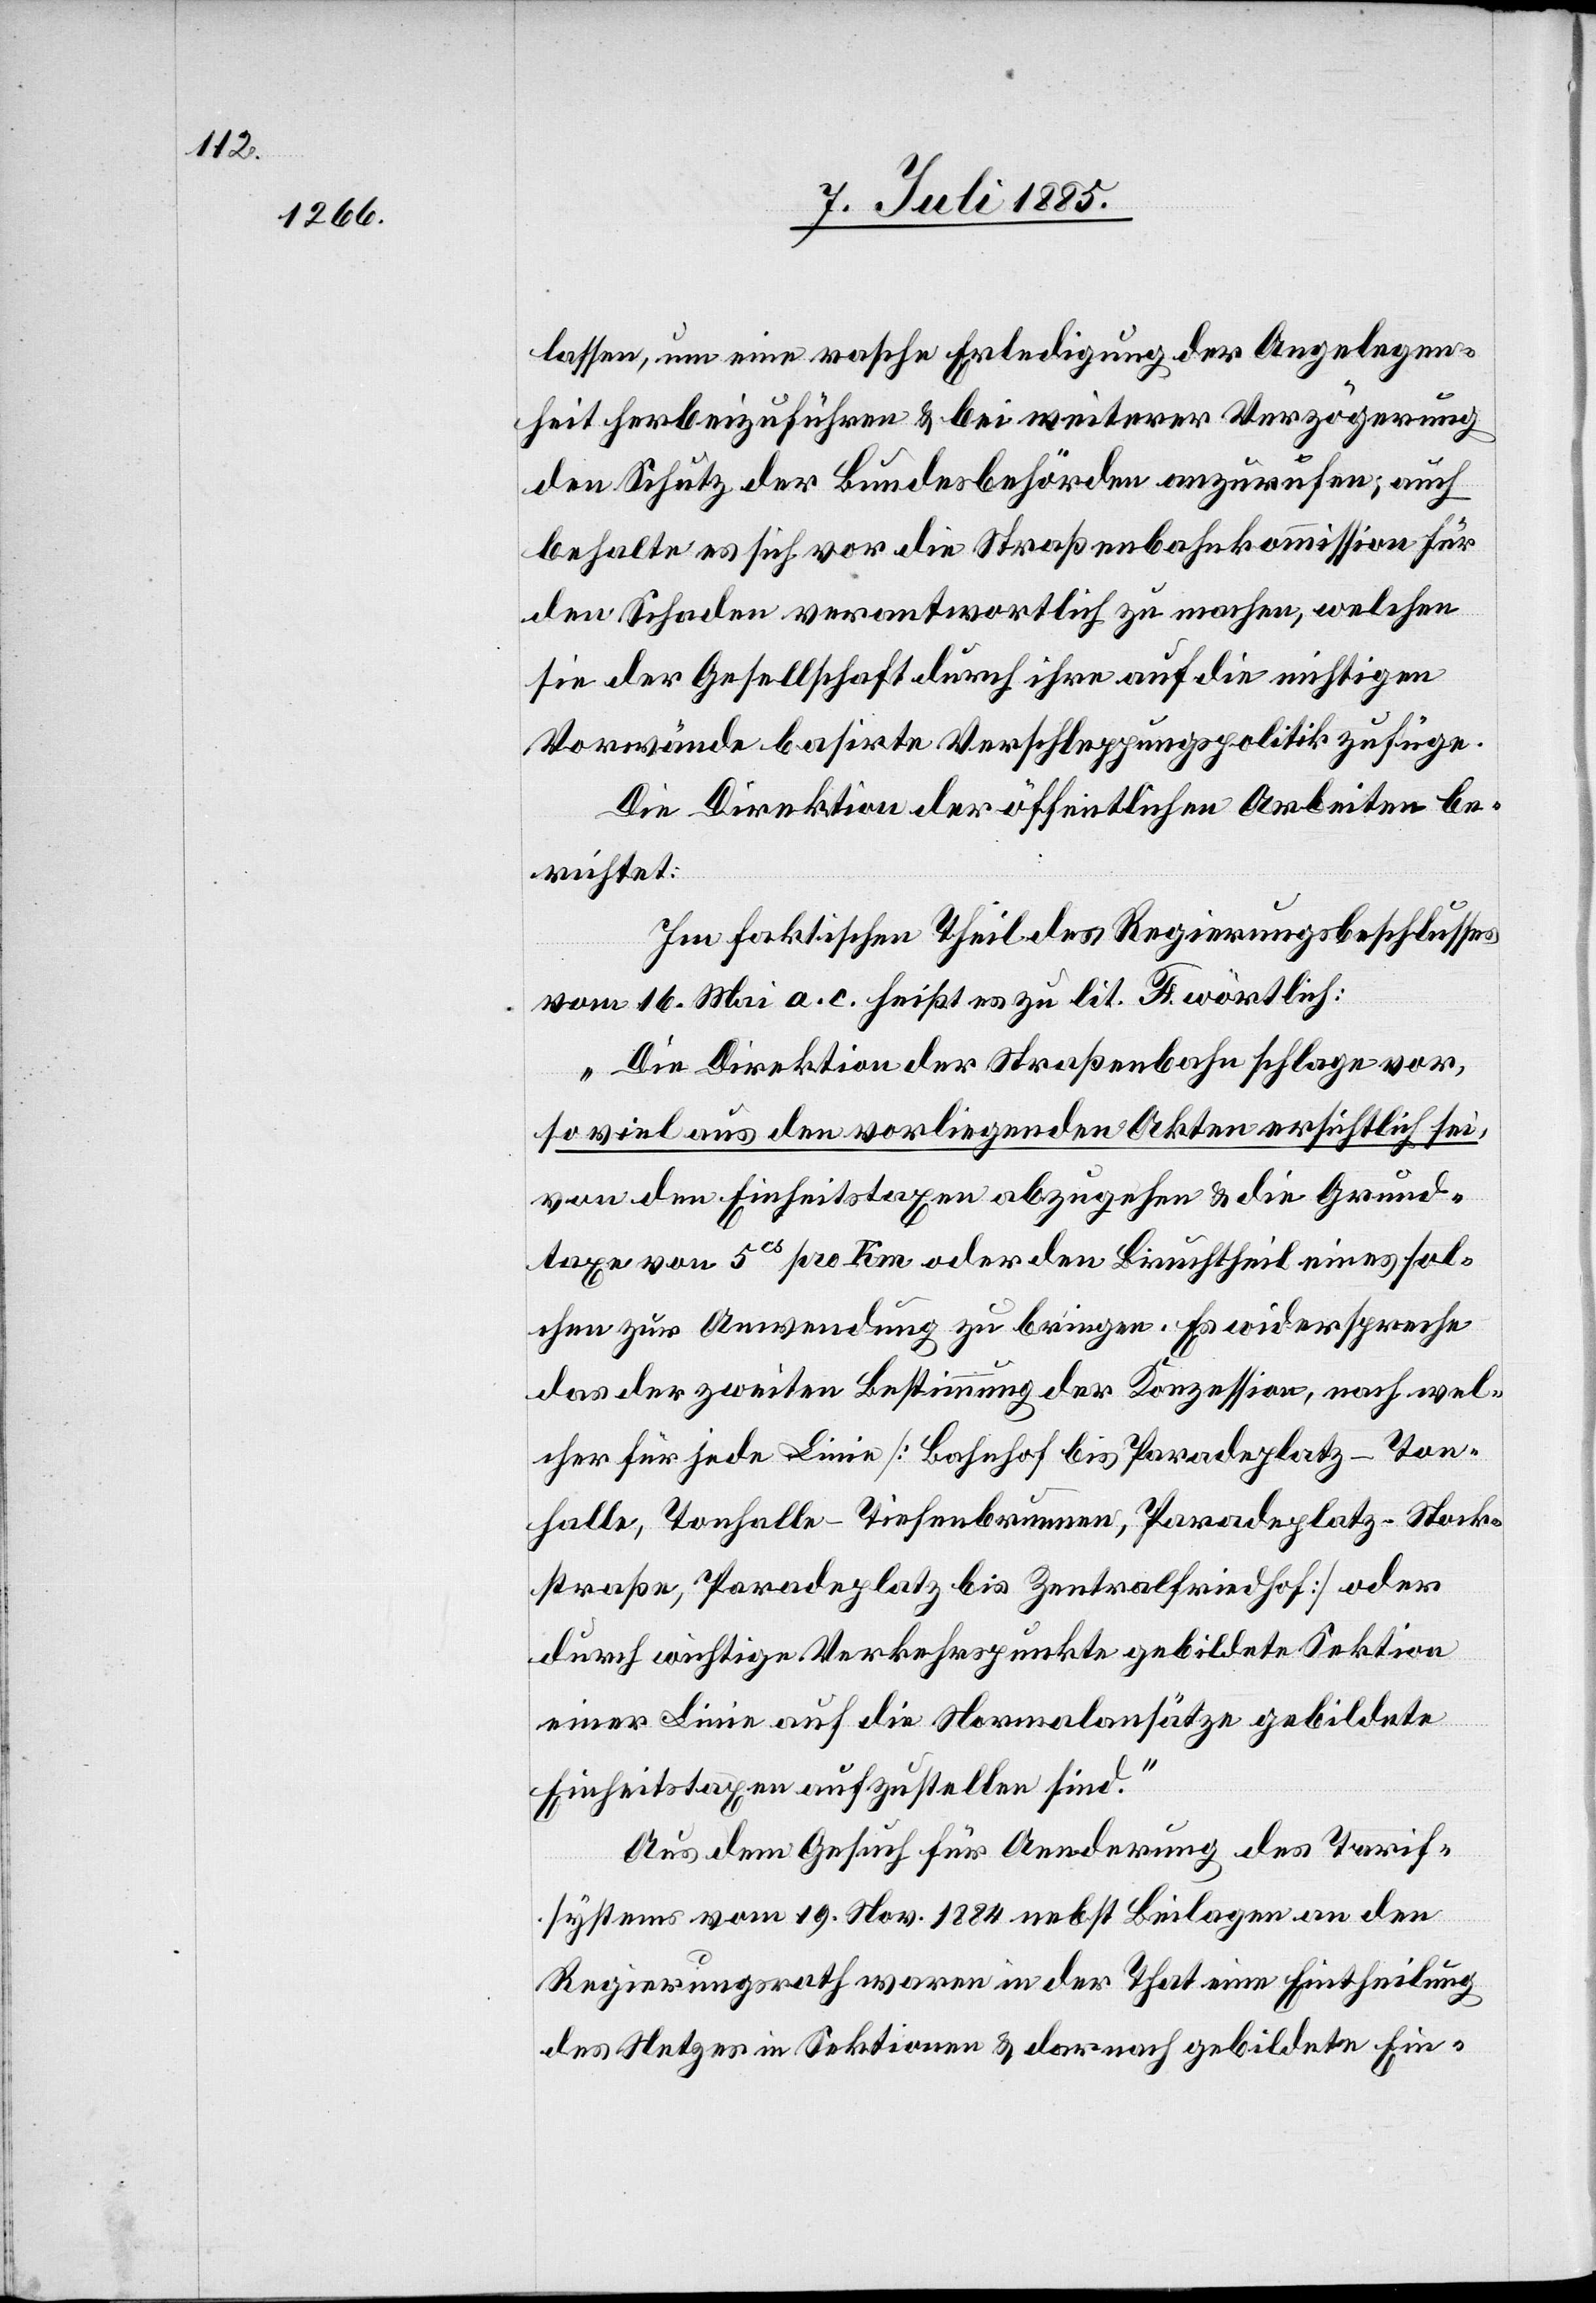
lassen, um eine rasche Erledigung der Angelegen¬
heit herbeizuführen & bei weiterer Verzögerung
den Schutz der Bundesbehörden anzurufen; auch
behalte es sich vor die Straßenbahnkommission für
den Schaden verantwortlich zu machen, welchen
sie der Gesellschaft durch ihre auf die nichtigen
Vorwände basirte Verschleppungspolitik zufüge.
Die Direktion der öffentlichen Arbeiten be¬
richtet:
Im faktischen Theil des Regierungsbeschlusses
vom 16. Mai a. c. heißt es zu lit. F. wörtlich:
„Die Direktion der Straßenbahn schlage vor,
so viel aus den vorliegenden Akten ersichtlich sei,
von den Einheitstaxen abzugehen & die Grund¬
taxe von 5cs pro Km oder den Bruchtheil eines sol¬
chen zur Anwendung zu bringen. Es widerspreche
das der zweiten Bestimmung der Konzession, nach wel¬
cher für jede Linie [Bahnhof bis Paradeplatz–Ton¬
halle, Tonhalle–Tiefenbrunnen, Paradeplatz–Stock¬
straße, Paradeplatz bis Zentralfriedhof] oder
durch wichtige Verkehrspunkte gebildete Sektion
einer Linie auf die Normalansätze gebildete
Einheitstaxen aufzustellen sind.“
Aus dem Gesuch für Aenderung des Tarif¬
systems vom 19. Nov. 1884 nebst Beilagen an den
Regierungsrath waren in der That eine Eintheilung
des Netzes in Sektionen & darnach gebildete Ein-